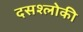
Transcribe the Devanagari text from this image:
दसश्लोकी